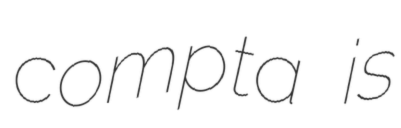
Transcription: compta is